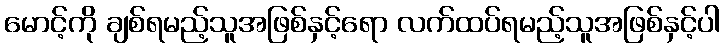
မောင့်ကို ချစ်ရမည့်သူအဖြစ်နှင့်ရော လက်ထပ်ရမည့်သူအဖြစ်နှင့်ပါ